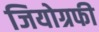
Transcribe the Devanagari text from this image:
जियोग्रफी